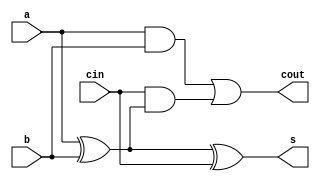
/*
 * @Author: WenJiaBao-2022E8020282071
 * @Date: 2022-11-01 19:48:55
 * @LastEditTime: 2022-11-01 19:49:06
 * @Description: 
 * 
 * Copyright (c) 2022 by WenJiaBao wenjiabao0919@163.com, All Rights Reserved. 
 */

module full_adder(
    input a,
    input b,
    input cin,
    output cout,
    output s
);

assign s = a ^ b ^ cin;
assign cout = a & b | (cin & (a ^ b));

endmodule